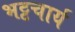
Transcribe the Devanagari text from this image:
भट्टचार्य